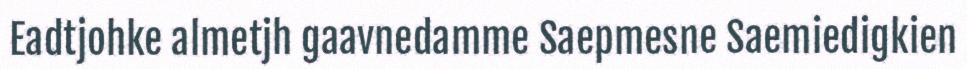
Eadtjohke almetjh gaavnedamme Saepmesne Saemiedigkien